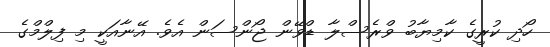
ހޯދި ކުރީގެ ކާމިޔާބު ވްރެސްލާ ޑްވޭން ޖޯންސަން އެވެ. އޭނާއަކީ މި ފިލްމްގެ